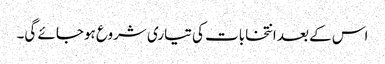
اس کے بعد انتخابات کی تیاری شروع ہوجائے گی۔